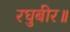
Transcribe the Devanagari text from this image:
रघुबीर॥